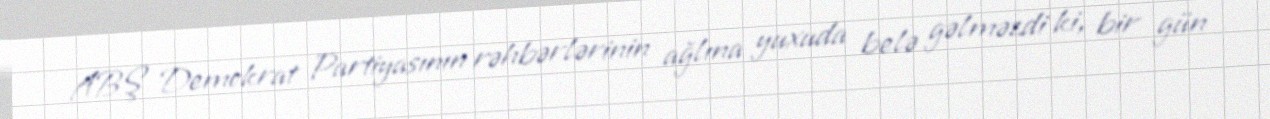
ABŞ Demokrat Partiyasının rəhbərlərinin ağlına yuxuda belə gəlməzdi ki, bir gün